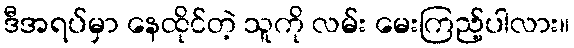
ဒီအရပ်မှာ နေထိုင်တဲ့ သူကို လမ်း မေးကြည့်ပါလား။